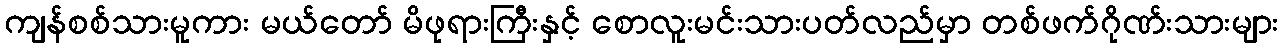
ကျန်စစ်သားမူကား မယ်တော် မိဖုရားကြီးနှင့် စောလူးမင်းသားပတ်လည်မှာ တစ်ဖက်ဂိုဏ်းသားများ